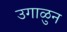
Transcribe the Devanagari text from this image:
उगाळुन